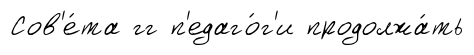
Сов'е́та гг п'едаго́г'и продолжа́ть